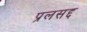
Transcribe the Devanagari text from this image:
प्रलसद्द